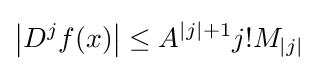
\left|D^{j}f(x)\right|\leq A^{|j|+1}j!M_{|j|}